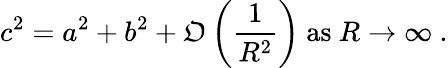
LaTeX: c^{2}=a^{2}+b^{2}+\mathfrak{O}\left({\frac{{1}}{{R^{2}}}}\right){\mathrm{{~as~}}}R\to\infty\ .